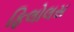
ફિલોલસ